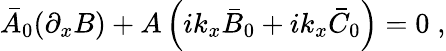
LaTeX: \bar{A}_{0}(\partial_{x}B)+A\left(ik_{x}\bar{B}_{0}+ik_{x}\bar{C}_{0}\right)=0\; ,